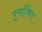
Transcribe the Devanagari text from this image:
पूर्णांकित